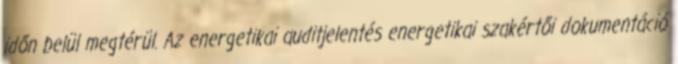
időn be­lül meg­té­rül. Az energetikai auditjelentés energetikai szakértői dokumentáció